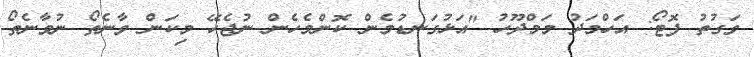
ވަގުތު ފޮޓޯ: އަހްމަދު މަމްދޫހު "އަޅުގަނޑުމެން ކޮންމެހެން ނުޖެހޭ މިކަން ވާނެތޯ ނުވާނެތޯ